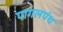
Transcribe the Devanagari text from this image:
पागलपंथ